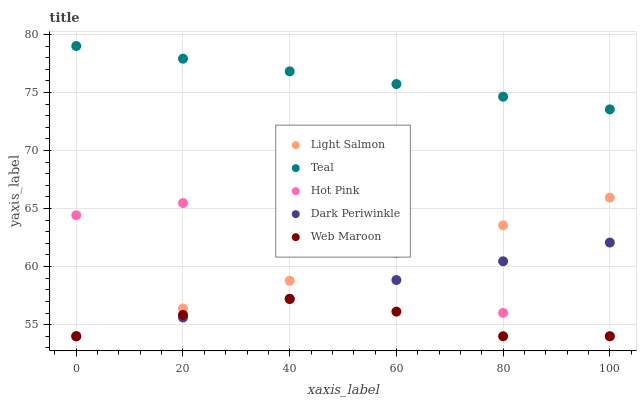
| xaxis_label | Light Salmon | Teal | Hot Pink | Dark Periwinkle | Web Maroon |
 | --- | --- | --- | --- | --- | --- |
 | 0 | 54 | 79 | 64.4 | 54 | 54 |
 | 20 | 56.4 | 77.9 | 65.5 | 55.6 | 55.8 |
 | 40 | 58.8 | 76.8 | 64.4 | 57.2 | 57.2 |
 | 60 | 61.2 | 75.7 | 61.3 | 58.8 | 56.1 |
 | 80 | 63.6 | 74.6 | 56 | 60.5 | 54 |
 | 100 | 65.9 | 73.5 | 54 | 62.1 | 54 |